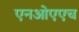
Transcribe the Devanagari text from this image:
एनओएएच